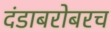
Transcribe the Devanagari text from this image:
दंडाबरोबरच